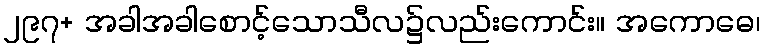
၂၉၇+ အခါအခါစောင့်သောသီလ၌လည်းကောင်း။ အကောဓေ၊